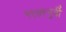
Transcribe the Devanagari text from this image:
१९७९पूर्वी